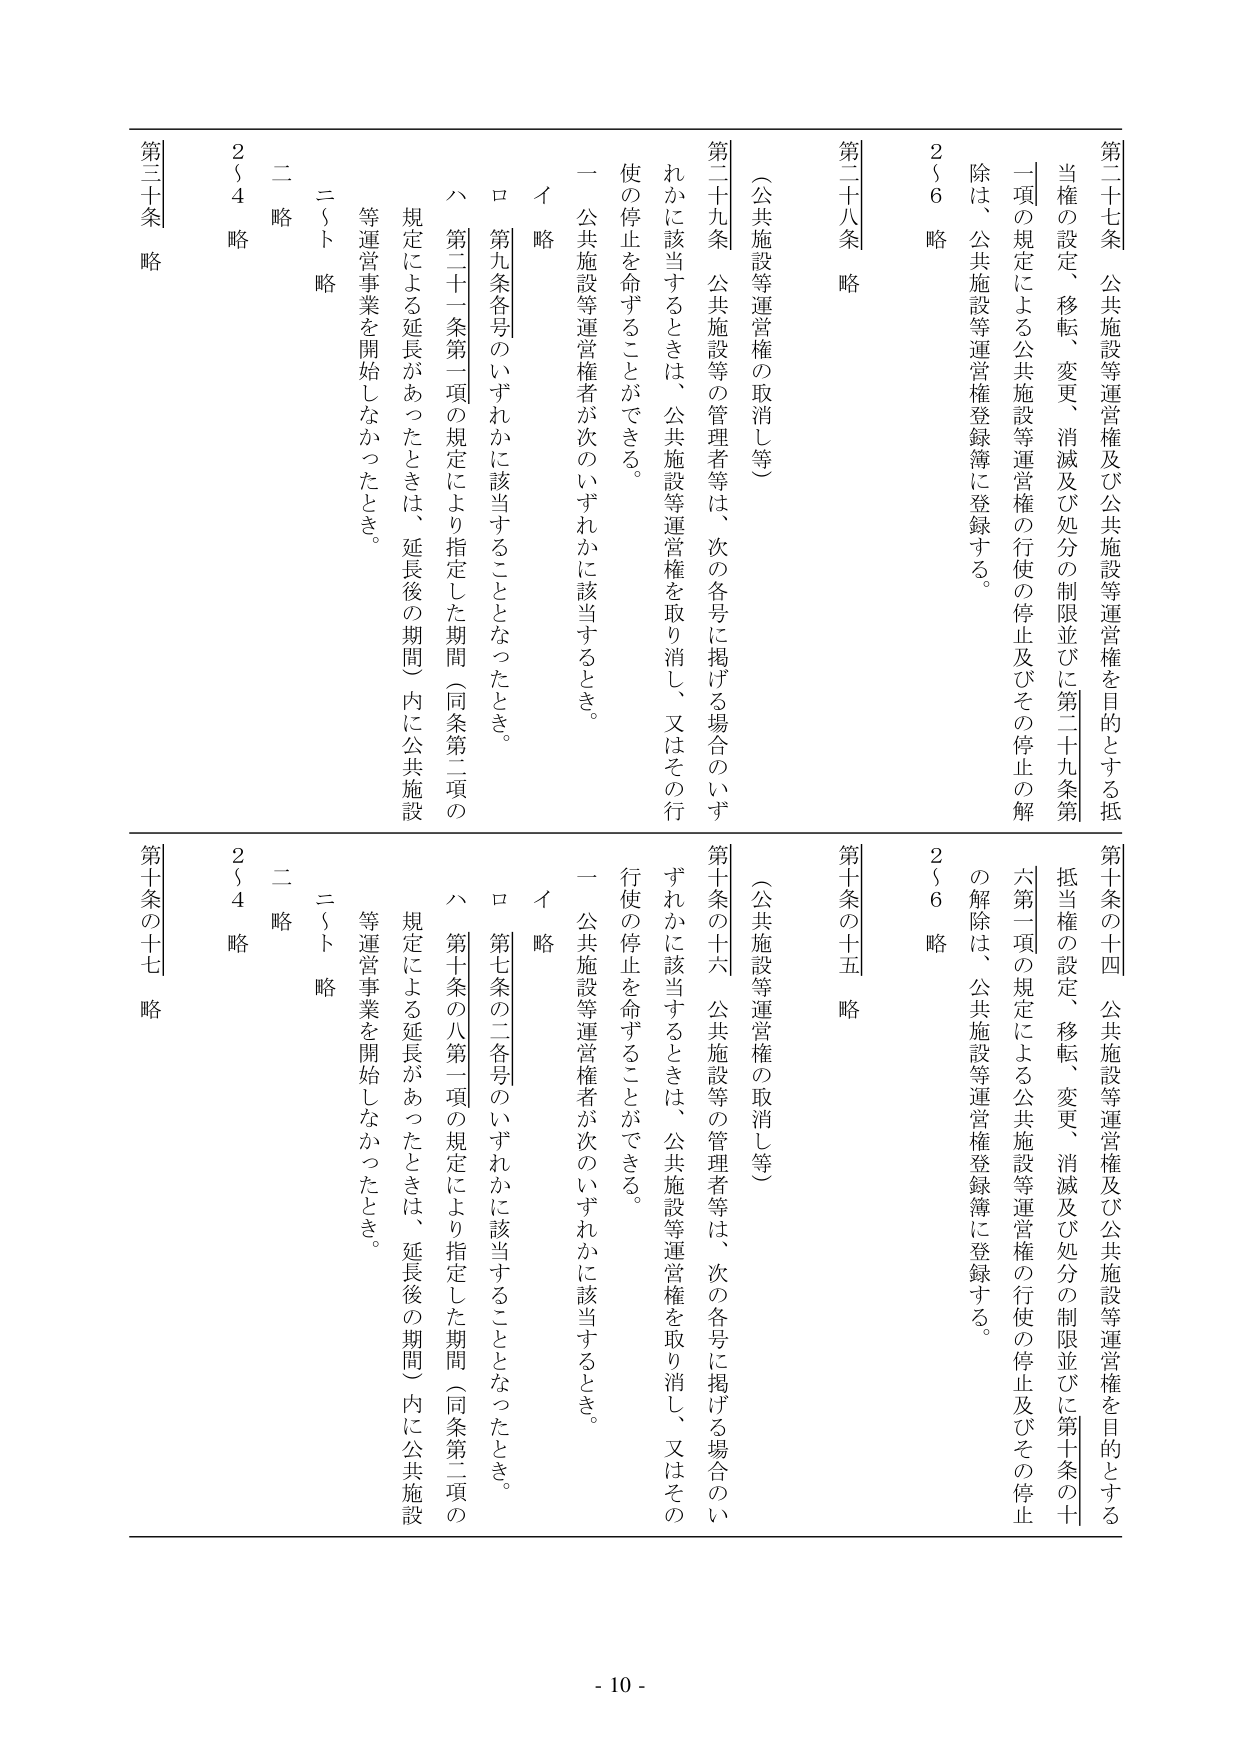
第二十七条 公共施設等運営権及び公共施設等運営権を目的とする抵当権の設定、移転、変更、消滅及び処分の制限並びに第二十九条第一項の規定による公共施設等運営権の行使の停止及びその停止の解除は、公共施設等運営権登録簿に登録する。

第二十八条 略

（公共施設等運営権の取消し等）

第二十九条 公共施設等の管理者等は、次の各号に掲げる場合のいずれかに該当するときは、公共施設等運営権を取り消し、又はその行使の停止を命ずることができる。

一 公共施設等運営権者が次のいずれかに該当するとき。

イ 略

ロ 第九条各号のいずれかに該当することとなったとき。

ハ 第二十一条第一項の規定により指定した期間（同条第二項の規定による延長があったときは、延長後の期間）内に公共施設等運営事業を開始しなかったとき。

二 略

ニ～ト 略

２～４ 略

第三十条 略

第十条の十四 公共施設等運営権及び公共施設等運営権を目的とする抵当権の設定、移転、変更、消滅及び処分の制限並びに第十条の十六第一項の規定による公共施設等運営権の行使の停止及びその停止の解除は、公共施設等運営権登録簿に登録する。

第十条の十五 略

（公共施設等運営権の取消し等）

第十条の十六 公共施設等の管理者等は、次の各号に掲げる場合のいずれかに該当するときは、公共施設等運営権を取り消し、又はその行使の停止を命ずることができる。

一 公共施設等運営権者が次のいずれかに該当するとき。

イ 略

ロ 第七条の二各号のいずれかに該当することとなったとき。

ハ 第十条の八第一項の規定により指定した期間（同条第二項の規定による延長があったときは、延長後の期間）内に公共施設等運営事業を開始しなかったとき。

二 略

ニ～ト 略

２～４ 略

第十条の十七 略

- 10 -